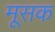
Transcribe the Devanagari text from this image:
मूसक